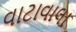
વાટાવાલા